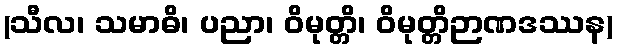
(သီလ၊ သမာဓိ၊ ပညာ၊ ဝိမုတ္တိ၊ ဝိမုတ္တိဉာဏဒဿန)